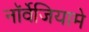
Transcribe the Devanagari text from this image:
नॉर्वेजियामे